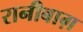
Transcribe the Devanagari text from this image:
रानीबाग़